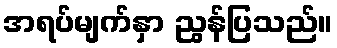
အရပ်မျက်နှာ ညွန်ပြသည်။